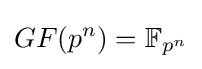
GF(p^{n})=\mathbb {F} _{p^{n}}